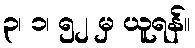
၃၊ ၁၊ ၅၂ မှ ယူရန်။